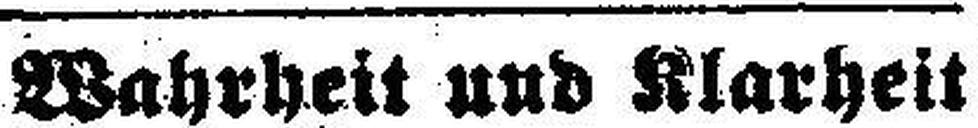
Wahrheit und Klarheit